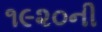
૧૯૨૦ની